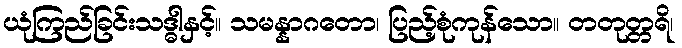
ယုံကြည်ခြင်းသဒ္ဓါနှင့်။ သမန္နာဂတော၊ ပြည့်စုံကုန်သော။ တတုတ္တရိ၊